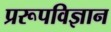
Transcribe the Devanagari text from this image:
प्ररूपविज्ञान